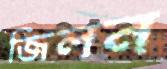
জিলন